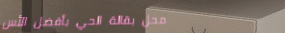
محل بقالة الحي بأفضل الأس